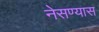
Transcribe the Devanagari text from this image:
नेसण्यास